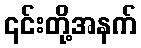
၎င်းတို့အနက်